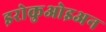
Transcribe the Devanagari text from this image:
इरोकुओइअन